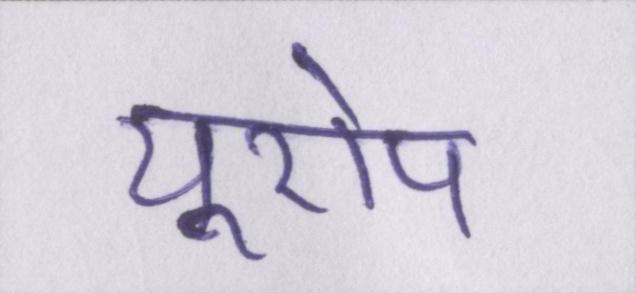
यूरोप